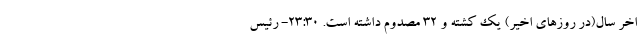
اخر سال(در روزهای اخیر) یک کشته و ۳۲ مصدوم داشته است. 23:30- رئیس